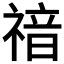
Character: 𥚱